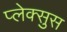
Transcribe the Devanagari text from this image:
प्लेक्सुस